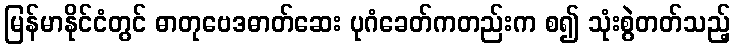
မြန်မာနိုင်ငံတွင် ဓာတုဗေဒဓာတ်ဆေး ပုဂံခေတ်ကတည်းက စ၍ သုံးစွဲတတ်သည့်